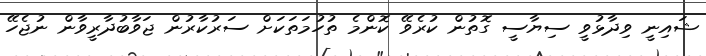
ޝައިނީ ވިދާޅުވީ ސިޔާސީ ގޮތުން ކުރެވޭ ކޮންމެ ތުހުމަތަކަށް ސަރުކާރުން ޖަވާބުދާރީވާން ނުޖެހޭ